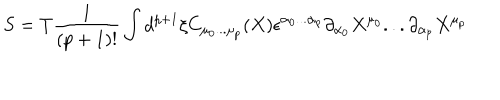
S = T \frac { 1 } { ( p + 1 ) ! } \int d ^ { p + 1 } \xi C _ { \mu _ { 0 } . . . \mu _ { p } } ( X ) \epsilon ^ { \alpha _ { 0 } . . . \alpha _ { p } } \partial _ { \alpha _ { 0 } } X ^ { \mu _ { 0 } } . . . \partial _ { \alpha _ { p } } X ^ { \mu _ { p } }